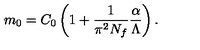
m _ { 0 } = C _ { 0 } \left( 1 + \frac { 1 } { \pi ^ { 2 } N _ { f } } { \frac { \alpha } { \Lambda } } \right) .